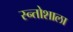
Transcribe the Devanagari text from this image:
स्न्तोशाला